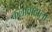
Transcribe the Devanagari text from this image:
कलावादाला